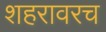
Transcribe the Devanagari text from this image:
शहरावरच